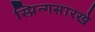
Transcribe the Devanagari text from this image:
स्प्रिन्गसारखे